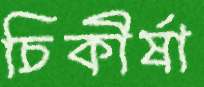
চিকীর্ষা